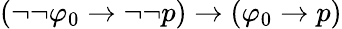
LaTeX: (\neg\neg\varphi_{0}\to\neg\neg p)\to(\varphi_{0}\to p)